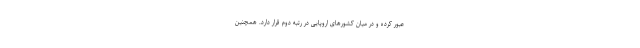
عبور کرده و در میان کشورهای اروپایی در رتبه دوم قرار دارد. همچنین